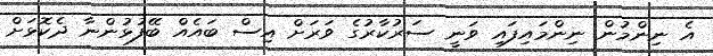
އެ ނިންމުން ނިންމައިފައި ވަނީ ސަރުކާރުގެ ވަރަށް އިސް ބައެއް ބޭފުޅުންނާ ދެކޮޅަށް